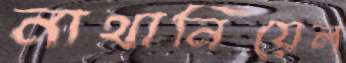
নাথানিয়েল